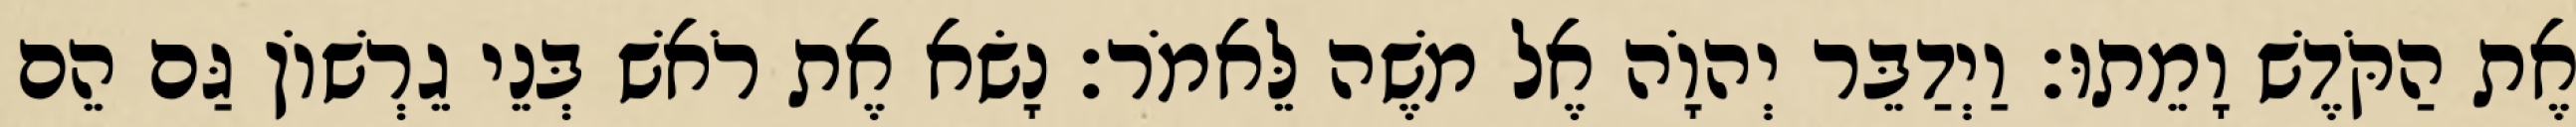
אֶת הַקֹּדֶשׁ וָמֵתוּ׃ וַיְדַבֵּר יְהוָֹה אֶל משֶׁה לֵּאמֹר׃ נָשׂא אֶת רֹאשׁ בְּנֵי גֵרְשׁוֹן גַּם הֵם